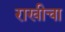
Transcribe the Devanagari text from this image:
राखीचा